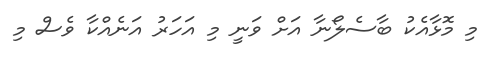
މި މޮޅާއެކު ބާސެލޯނާ އަށް ވަނީ މި އަހަރު އަނެއްކާ ވެސް މި